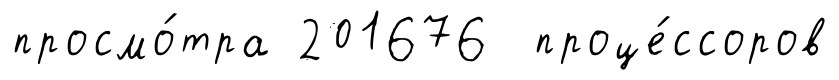
просмо́тра 201676 проце́ссоров